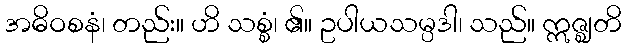
အဓိဝစနံ၊ တည်း။ ဟိ သစ္စံ၊ ၏။ ဥပါယသမ္ပဒါ၊ သည်။ ဣဇ္ဈတိ